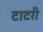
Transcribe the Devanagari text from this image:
टाटरी